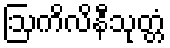
ဩကိလိနီသုတ္တံ